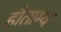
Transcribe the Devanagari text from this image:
हौताम्य